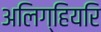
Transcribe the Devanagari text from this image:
अलिग्हियरि